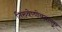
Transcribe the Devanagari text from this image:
तिरुवेण्णेयनल्लूर